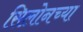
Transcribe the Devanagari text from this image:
सिलोनच्या